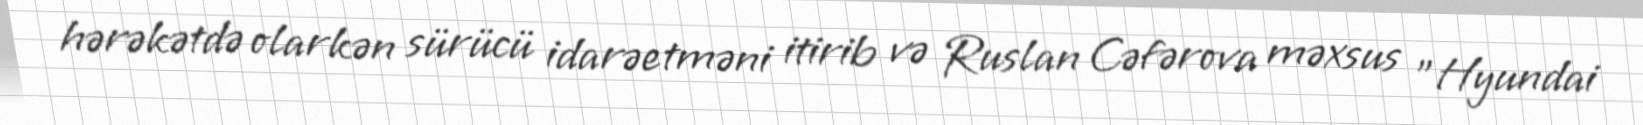
hərəkətdə olarkən sürücü idarəetməni itirib və Ruslan Cəfərova məxsus "Hyundai